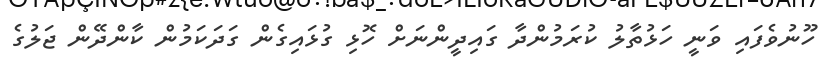
ހޫނުވެފައި ވަނީ ހަޅުތާލު ކުރަމުންދާ ގައިދީންނަށް ހޮޅި ގުޅައިގެން ގަދަކަމުން ކާންދޭން ޖަލުގެ